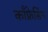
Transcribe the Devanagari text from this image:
काँफ्रेसिंग